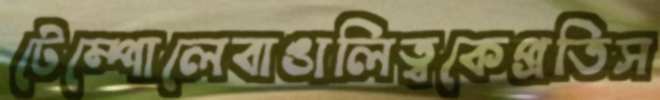
টেম্পোলেবাঙালিত্বকেপ্রতিস